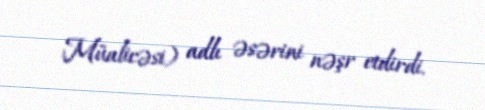
Müalicəsi) adlı əsərini nəşr etdirdi.